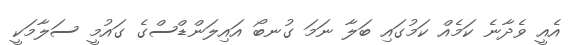
އެއީ ވެދާނެ ކަމެއް ކަމުގައި ބަލާ ނަމަ ގުނބޯ އައިލަންޑްސްގެ ގައުމީ ސަލާމަކީ